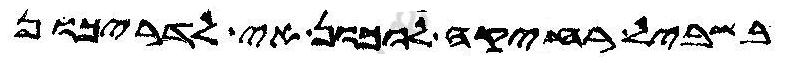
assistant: בשביל רחיקה לוכון אי לדריכון